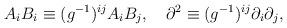
LaTeX: \begin{align*}A_i B_i \equiv (g^{-1})^{ij} A_i B_j, \quad\partial^2 \equiv (g^{-1})^{ij} \partial_i \partial_j,\end{align*}